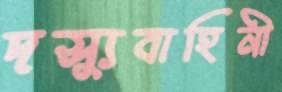
দস্যুবাহিনী